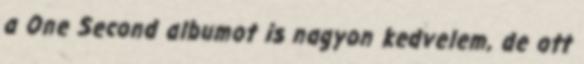
a One Second albumot is nagyon kedvelem, de ott